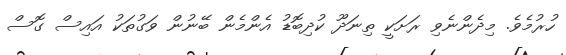
ހުރުމެވެ. މިދެންނެވި ރަށަކީ ތިނަދޫ ކުދިބޮޑު އެންމެން ބޭނުން ވަގުތަކު އައިސް ގޮސް